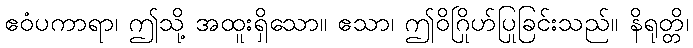
ဧဝံပကာရာ၊ ဤသို့ အထူးရှိသော။ ဧသာ၊ ဤဝိဂြိုဟ်ပြုခြင်းသည်။ နိရုတ္တိ၊